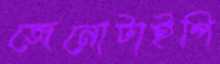
জেনোটাইপি